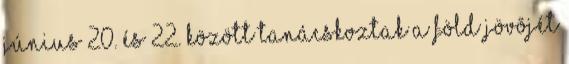
június 20. és 22. között tanácskoztak a Föld jövõjét